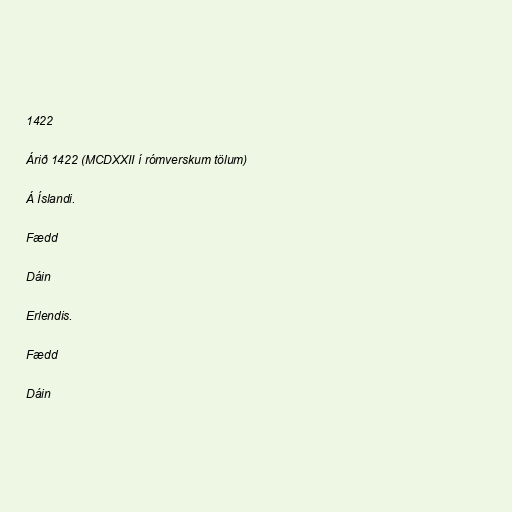
1422

Árið 1422 (MCDXXII í rómverskum tölum)

Á Íslandi.

Fædd

Dáin

Erlendis.

Fædd

Dáin